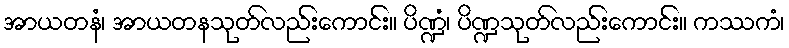
အာယတနံ၊ အာယတနသုတ်လည်းကောင်း။ ပိဏ္ဍံ၊ ပိဏ္ဍသုတ်လည်းကောင်း။ ကဿကံ၊